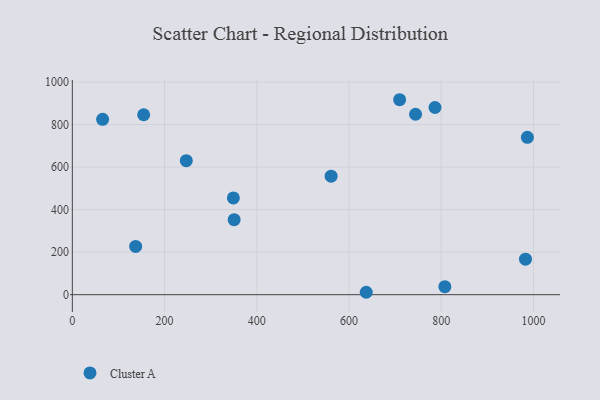
{"axis": {"x": "Investment", "y": "Yield"}, "legend": ["Cluster A"], "data": [{"x": "807.8", "y": 37.6, "type": "Cluster A"}, {"x": "709.7", "y": 917.2, "type": "Cluster A"}, {"x": "982.6", "y": 167.2, "type": "Cluster A"}, {"x": "154.7", "y": 846.4, "type": "Cluster A"}, {"x": "786.4", "y": 880.6, "type": "Cluster A"}, {"x": "65.7", "y": 824.8, "type": "Cluster A"}, {"x": "247.1", "y": 630.4, "type": "Cluster A"}, {"x": "637.3", "y": 11.3, "type": "Cluster A"}, {"x": "986.7", "y": 740.3, "type": "Cluster A"}, {"x": "137.3", "y": 226.8, "type": "Cluster A"}, {"x": "349.2", "y": 455.0, "type": "Cluster A"}, {"x": "350.9", "y": 353.1, "type": "Cluster A"}, {"x": "561.2", "y": 557.6, "type": "Cluster A"}, {"x": "744.2", "y": 848.8, "type": "Cluster A"}]}